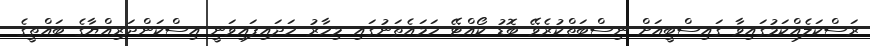
ރަސްކަލެއްކަމުގައިވާ ގައިސްބީއަށް ނިސްބަތްކުރެވޭ ބޮޑު ކޯއްޓޭ ހަމައެތަނުގައި މިހާރު ހަދައިފައިވަނީ އިސްކަންދަރިއްޔާގެ ބައްތީގެ